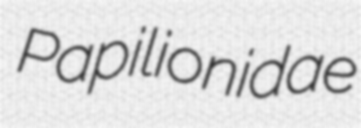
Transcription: Papilionidae